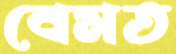
বেমত